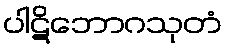
ပါဋိဘောဂသုတံ